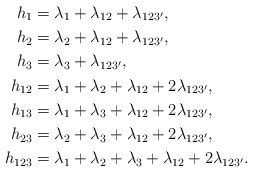
\begin{align*}h_1&=\lambda_1+\lambda_{12}+\lambda_{123'},\\h_2&=\lambda_2+\lambda_{12}+\lambda_{123'},\\h_3&=\lambda_3+\lambda_{123'},\\h_{12}&=\lambda_1+\lambda_2+\lambda_{12}+2\lambda_{123'},\\h_{13}&=\lambda_1+\lambda_3+\lambda_{12}+2\lambda_{123'},\\h_{23}&=\lambda_2+\lambda_3+\lambda_{12}+2\lambda_{123'},\\h_{123}&=\lambda_1+\lambda_2+\lambda_3+\lambda_{12}+2\lambda_{123'}.\end{align*}